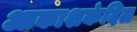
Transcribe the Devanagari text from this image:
आकाशकंदिल